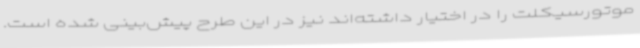
موتورسیکلت را در اختیار داشته‌اند نیز در این طرح پیش‌بینی شده است.